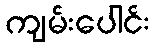
ကျမ်းပေါင်း